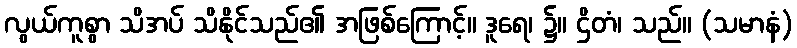
လွယ်ကူစွာ သိအပ် သိနိုင်သည်၏ အဖြစ်ကြောင့်။ ဒူရေ၊ ၌။ ဌိတံ၊ သည်။ (သမာနံ)